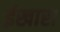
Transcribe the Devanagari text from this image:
ईखारा